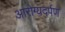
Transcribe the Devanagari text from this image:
आरोग्यदर्पण